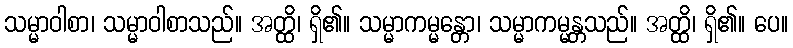
သမ္မာဝါစာ၊ သမ္မာဝါစာသည်။ အတ္ထိ၊ ရှိ၏။ သမ္မာကမ္မန္တော၊ သမ္မာကမ္မန္တသည်။ အတ္ထိ၊ ရှိ၏။ ပေ။